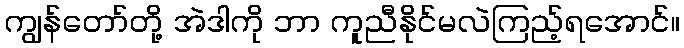
ကျွန်တော်တို့ အဲဒါကို ဘာ ကူညီနိုင်မလဲကြည့်ရအောင်။